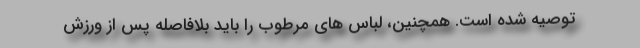
توصیه شده است. همچنین، لباس های مرطوب را باید بلافاصله پس از ورزش